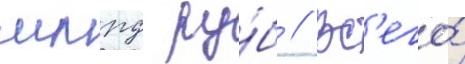
млрд ру́б // Вс'его́